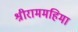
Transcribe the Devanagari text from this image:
श्रीराममहिमा